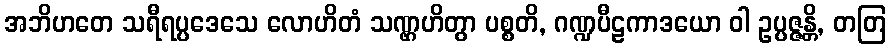
အဘိဟတေ သရီရပ္ပဒေသေ လောဟိတံ သဏ္ဌဟိတွာ ပစ္စတိ, ဂဏ္ဍပီဠကာဒယော ဝါ ဥပ္ပဇ္ဇန္တိ, တတြ